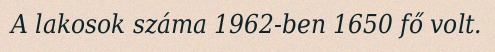
A lakosok száma 1962-ben 1650 fő volt.